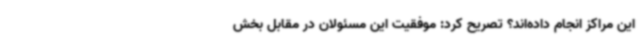
این مراکز انجام داده‌اند؟ تصریح کرد: موفقیت این مسئولان در مقابل بخش